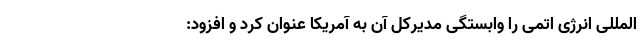
المللی انرژی اتمی را وابستگی مدیرکل آن به آمریکا عنوان کرد و افزود: